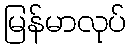
မြန်မာလုပ်